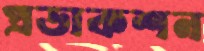
প্রডাকশন